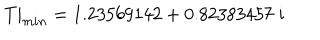
T | _ { m i n } = 1 . 2 3 5 6 9 1 4 2 + 0 . 8 2 3 8 3 4 5 7 \; i